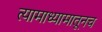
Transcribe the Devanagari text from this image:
त्यामाध्यामातूनच